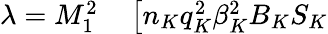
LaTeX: \begin{array}{r}{\begin{array}{rl}{\lambda=M_{1}^{2}}&{{}\left[n_{K}q_{K}^{2}\beta_{K}^{2}B_{K}S_{K}\right.}\end{array}}\end{array}